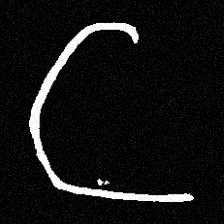
Pyu character \u2014 Myanmar letter: ဋ (romanized: tta)